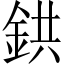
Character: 鉷